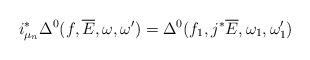
\begin{align*}i_{\mu_n}^*\Delta^0(f,\overline{E},\omega,\omega')=\Delta^0(f_1,j^*\overline{E},\omega_1,\omega'_1)\end{align*}